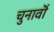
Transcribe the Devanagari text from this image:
चुनावॊं